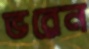
ভরেন